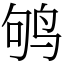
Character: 鸲